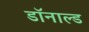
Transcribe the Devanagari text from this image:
डाॅनाल्ड